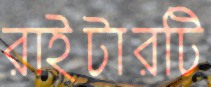
রাইটারটি